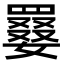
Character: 𡢑